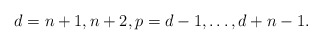
\begin{align*}d=n+1, n+2, p=d-1, \dots , d+n-1.\end{align*}